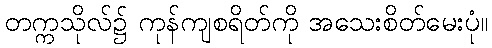
တက္ကသိုလ်၌ ကုန်ကျစရိတ်ကို အသေးစိတ်မေးပုံ။